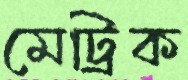
মেট্রিক